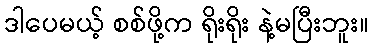
ဒါပေမယ့် စစ်ဖို့က ရိုးရိုး နဲ့မပြီးဘူး။